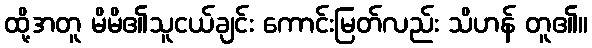
ထို့အတူ မိမိ၏သူငယ်ချင်း ကောင်းမြတ်လည်း သိဟန် တူ၏။